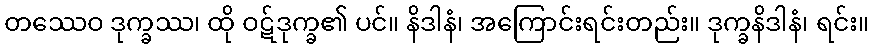
တဿေဝ ဒုက္ခဿ၊ ထို ဝဋ်ဒုက္ခ၏ ပင်။ နိဒါနံ၊ အကြောင်းရင်းတည်း။ ဒုက္ခနိဒါနံ၊ ရင်း။